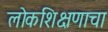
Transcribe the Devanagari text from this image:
लोकशिक्षणाचा